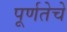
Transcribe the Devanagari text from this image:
पूर्णतेचे